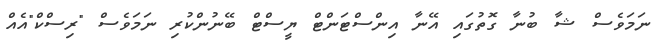
ނަމަވެސް ޝާ ބުނާ ގޮތުގައި އޭނާ އިންސްޓަންޓް ޔީސްޓް ބޭނުންކުރި ނަމަވެސް "ރިސްކް"އެއް